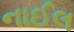
નાઈલ